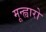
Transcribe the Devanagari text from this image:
मून्ह्वारो